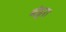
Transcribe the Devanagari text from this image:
बंडूरा